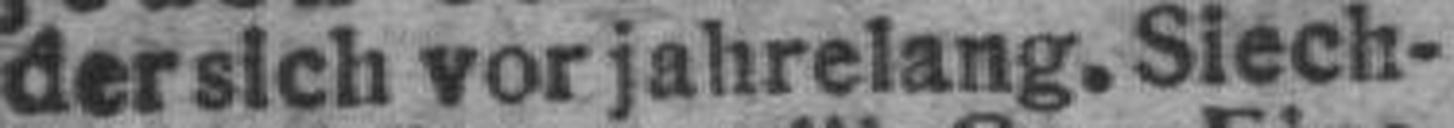
der sich vor jahrelang. Siech¬